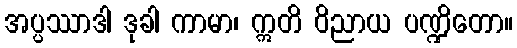
အပ္ပဿာဒါ ဒုခါ ကာမာ၊ ဣတိ ဝိညာယ ပဏ္ဍိတော။